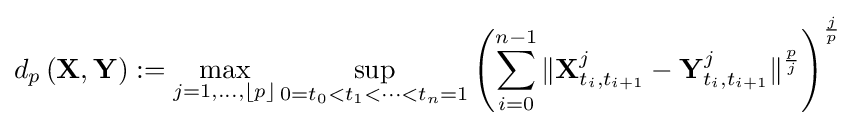
d_{p}\left(\mathbf {X} ,\mathbf {Y} \right):=\max _{j=1,\ldots ,\lfloor p\rfloor }\sup _{0=t_{0}<t_{1}<\cdots <t_{n}=1}\left(\sum _{i=0}^{n-1}\Vert \mathbf {X} _{t_{i},t_{i+1}}^{j}-\mathbf {Y} _{t_{i},t_{i+1}}^{j}\Vert ^{\frac {p}{j}}\right)^{\frac {j}{p}}